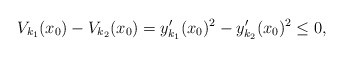
\begin{align*} V_{k_1}(x_0)-V_{k_2}(x_0)=y_{k_1}'(x_0)^2-y_{k_2}'(x_0)^2\leq 0, \end{align*}